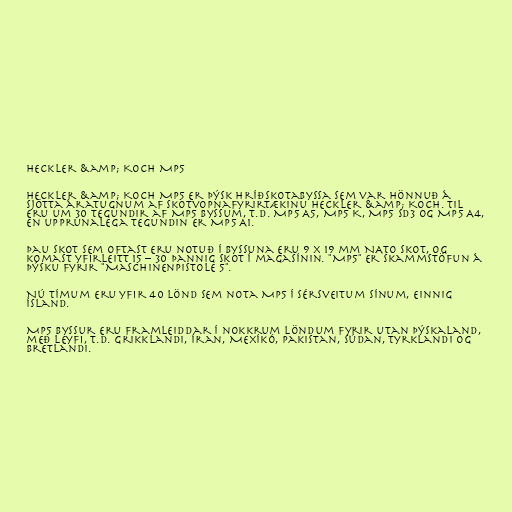
Heckler &amp; Koch MP5

Heckler &amp; Koch MP5 er þýsk hríðskotabyssa sem var hönnuð á
sjötta áratugnum af skotvopnafyrirtækinu Heckler &amp; Koch. Til
eru um 30 tegundir af MP5 byssum, t.d. MP5 A5, MP5 K, MP5 SD3 og MP5 A4,
en upprunalega tegundin er MP5 A1.

Þau skot sem oftast eru notuð í byssuna eru 9 × 19 mm NATO skot, og
komast yfirleitt 15 – 30 þannig skot í magasínin. "MP5" er skammstöfun á
þýsku fyrir "Maschinenpistole 5".

Nú tímum eru yfir 40 lönd sem nota MP5 í sérsveitum sínum, einnig
Ísland.

MP5 byssur eru framleiddar í nokkrum löndum fyrir utan Þýskaland,
með leyfi, t.d. Grikklandi, Íran, Mexíkó, Pakistan, Súdan, Tyrklandi og
Bretlandi.